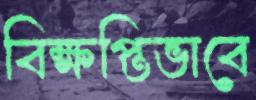
বিক্ষপ্তিভাবে